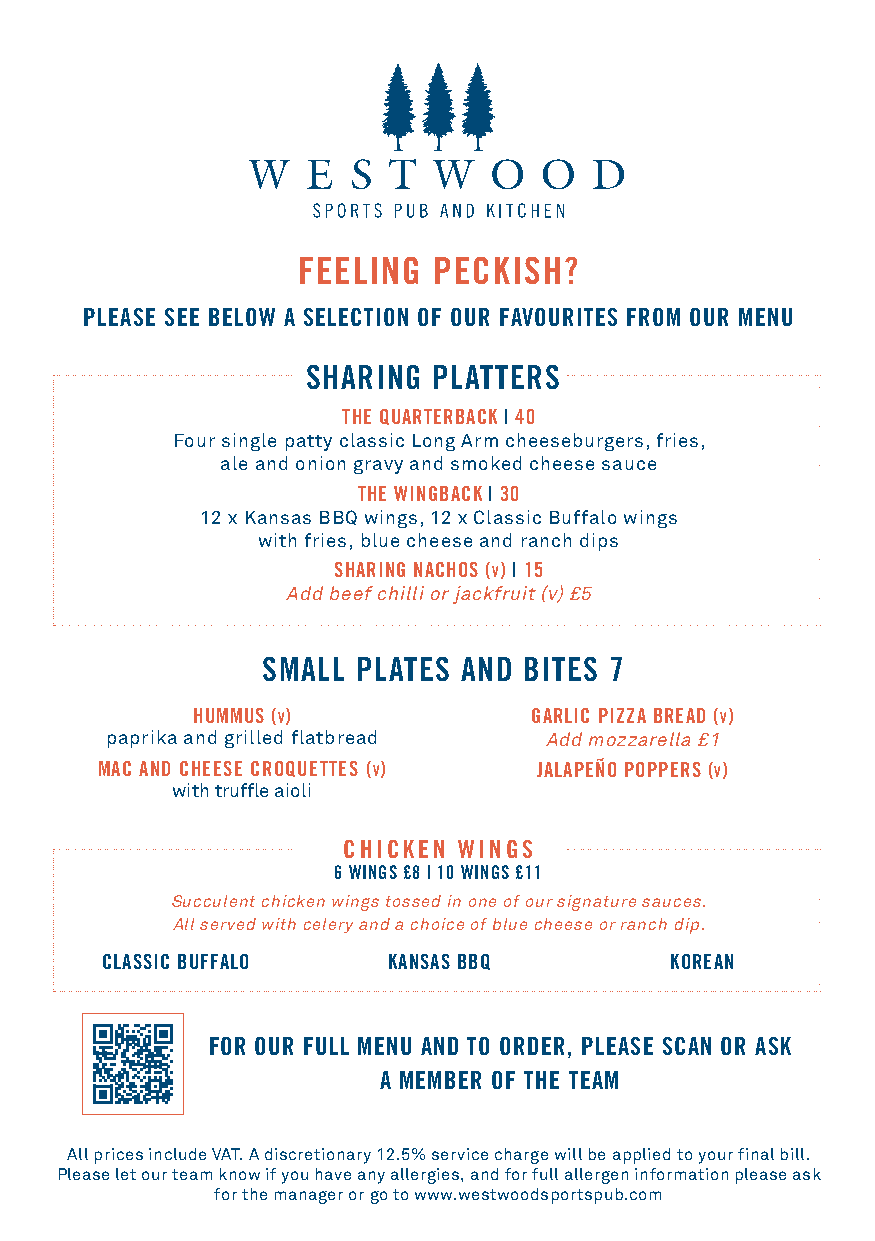
FEELING  PECKISH?
 PLEASE SEE BELOW A SELECTION OF OUR FAVOURITES FROM OUR MENU
 SHARING  PLATTERS
 THE QUARTERBACK | 40
 Four single patty classic Long Arm cheeseburgers, fries,
 ale and onion gravy and smoked cheese sauce
 THE WINGBACK | 30
 12 x Kansas BBQ wings, 12 x Classic Buffalo wings
 with fries, blue cheese and ranch dips
 SHARING NACHOS (v) | 15
 Add beef chilli or jackfruit (v) £5
 SMALL  PLATES AND BITES 7
 HUMMUS (v)            GARLIC PIZZA BREAD (v)
 paprika and grilled flatbread Add mozzarella £1
 MAC AND CHEESE CROQUETTES (v) JALAPEÑO POPPERS (v)
 with truffle aioli
 CHICKEN WINGS
 6 WINGS £8 | 10 WINGS £11
 Succulent chicken wings tossed in one of our signature sauces.
 All served with celery and a choice of blue cheese or ranch dip.
 CLASSIC BUFFALO    KANSAS BBQ        KOREAN
 FOR OUR FULL MENU AND TO ORDER, PLEASE SCAN OR ASK
 A MEMBER OF THE TEAM
 All prices include VAT. A discretionary 12.5% service charge will be applied to your final bill.
 Please let our team know if you have any allergies, and for full allergen information please ask
 for the manager or go to www.westwoodsportspub.com